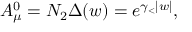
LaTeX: { \cal A } _ { \mu } ^ { 0 } = { \cal N } _ { 2 } \Delta ( w ) = e ^ { \gamma _ { < } | w | } ,